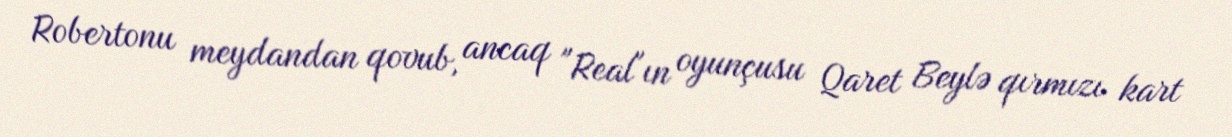
Robertonu meydandan qovub, ancaq "Real"ın oyunçusu Qaret Beylə qırmızı kart